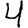
Digit: 4